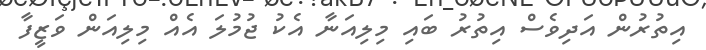
އިތުރުން އަދިވެސް އިތުރު ބައި މިލިއަނާ އެކު ޖުމުލަ އެއް މިލިއަން ވަޒީފާ